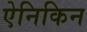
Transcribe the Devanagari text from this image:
ऐनिकिन